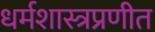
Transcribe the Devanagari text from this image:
धर्मशास्त्रप्रणीत